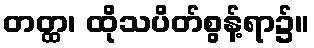
တတ္ထ၊ ထိုသပိတ်စွန့်ရာ၌။